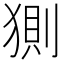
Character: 𰡟